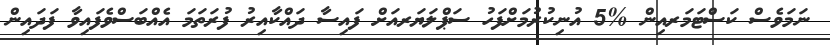
ނަމަވެސް ކަސްޓަމަރއިން %5 އުނިކުރުމަށްފަހު ސަޕްލަޔަރއަށް ފައިސާ ދައްކާއިރު ފުރަތަމަ އެއްބަސްވެފައިވާ ފަދައިން